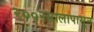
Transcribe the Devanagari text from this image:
२००२सालापासून